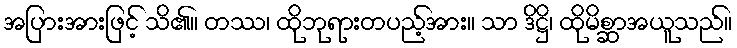
အပြားအားဖြင့် သိ၏။ တဿ၊ ထိုဘုရားတပည့်အား။ သာ ဒိဋ္ဌိ၊ ထိုမိစ္ဆာအယူသည်။